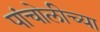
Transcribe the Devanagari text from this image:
पांचोलीच्या